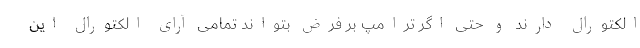
الکتورال دارند و حتی اگر ترامپ بر فرض بتواند تمامی آرای الکتورال این